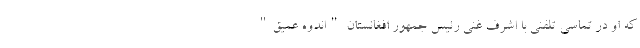
که او در تماسی تلفنی با اشرف غنی رئیس جمهور افغانستان "اندوه عمیق"